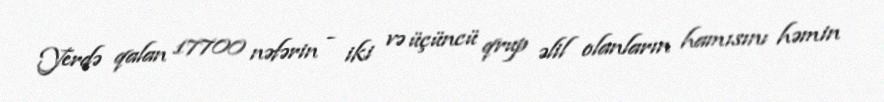
Yerdə qalan 17700 nəfərin - iki və üçüncü qrup əlil olanların hamısını həmin